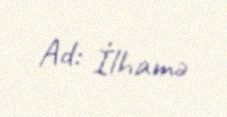
Ad: İlhamə